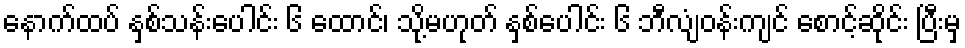
နောက်ထပ် နှစ်သန်းပေါင်း ၆ ထောင်၊ သို့မဟုတ် နှစ်ပေါင်း ၆ ဘီလျံဝန်းကျင် စောင့်ဆိုင်း ပြီးမှ